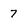
Character: 7